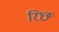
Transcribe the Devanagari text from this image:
रिछ